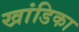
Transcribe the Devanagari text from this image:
खांडिका